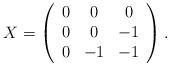
LaTeX: \begin{align*}X = \left(\begin{array}{ccc} 0 & 0 & 0\\ 0 & 0 & -1 \\ 0 & -1 & -1 \end{array}\right).\end{align*}